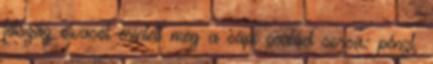
félszáz olvasót érintett meg a sápi család sorsa: pénzt,